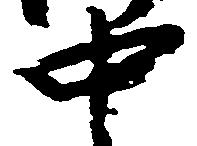
中